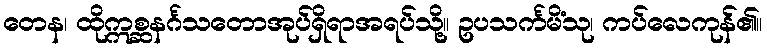
တေန၊ ထိုဣစ္ဆနင်္ဂသတောအုပ်ရှိရာအရပ်သို့။ ဥပသင်္ကမိံသု၊ ကပ်လေကုန်၏။